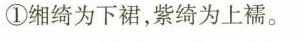
①缃绮为下裙，紫绮为上襦。